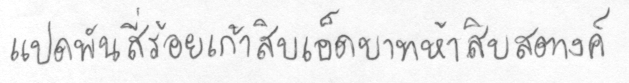
แปดพันสี่ร้อยเก้าสิบเอ็ดบาทห้าสิบสตางค์